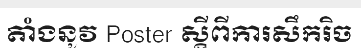
តាំងនូវ Poster ស្តីពីការសឹករិច